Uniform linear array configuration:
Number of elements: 24
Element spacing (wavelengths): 1
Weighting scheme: blackman
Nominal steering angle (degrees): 45
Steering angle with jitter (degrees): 43.32
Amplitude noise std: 0.05
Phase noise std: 0.05

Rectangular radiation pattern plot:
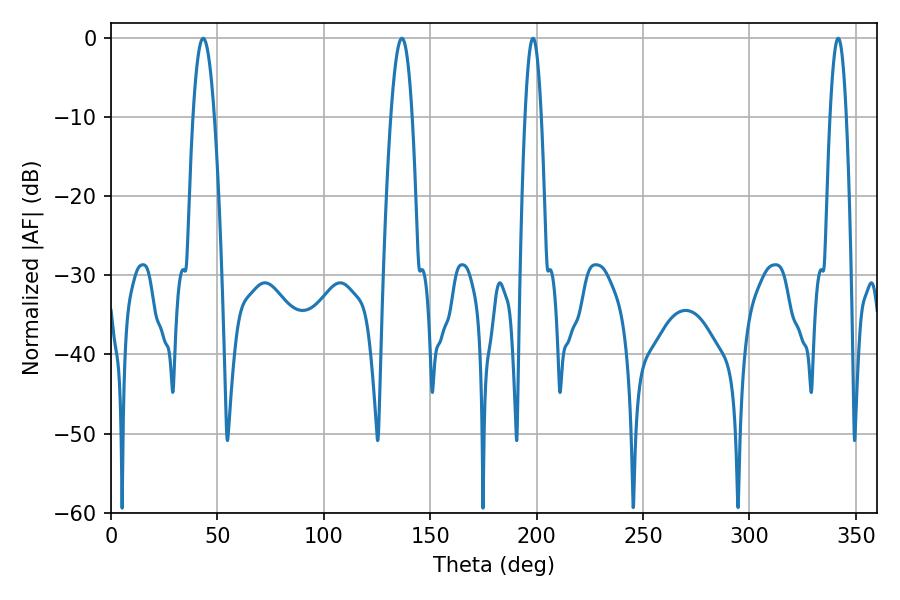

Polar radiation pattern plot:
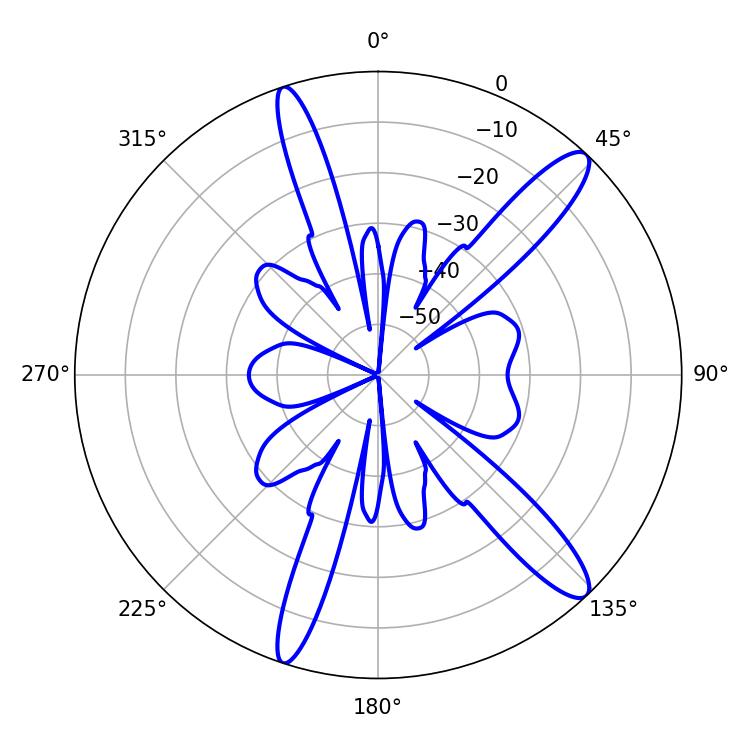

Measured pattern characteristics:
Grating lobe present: TRUE
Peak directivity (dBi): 13.325
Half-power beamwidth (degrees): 5.4
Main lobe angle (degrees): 43.38